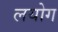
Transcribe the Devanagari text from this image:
लयोग